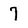
Character: 7